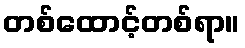
တစ်ထောင့်တစ်ရာ။